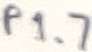
Text: P1.7